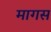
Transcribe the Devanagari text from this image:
मागस